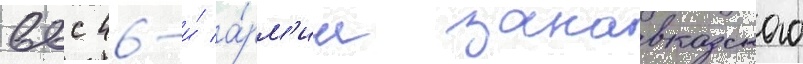
ввс 46-и́ а́рм'ии закавказского